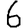
Digit: 6